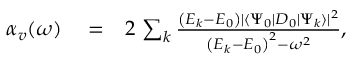
\begin{array} { r l r } { \alpha _ { v } ( \omega ) } & { { } = } & { 2 \, \sum _ { k } \frac { \left( E _ { k } - E _ { 0 } \right) | \langle \Psi _ { 0 } | D _ { 0 } | \Psi _ { k } \rangle | ^ { 2 } } { \left( E _ { k } - E _ { 0 } \right) ^ { 2 } - \omega ^ { 2 } } , } \end{array}